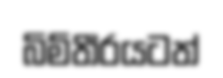
බිම්තීරයටත්